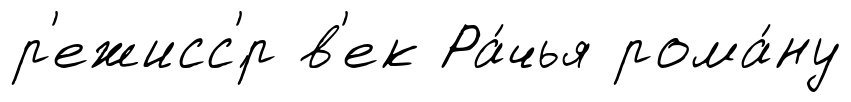
р'ежисс'́р в'ек Ра́чья рома́ну